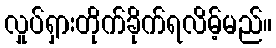
လှုပ်ရှားတိုက်ခိုက်ရလိမ့်မည်။